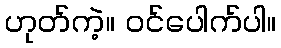
ဟုတ်ကဲ့။ ဝင်ပေါက်ပါ။